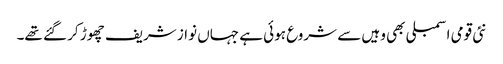
نئی قومی اسمبلی بھی وہیں سے شروع ہوئی ہے جہاں نواز شریف چھوڑ کر گئے تھے۔